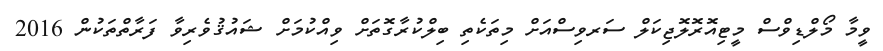
ވީމާ މޯލްޑިވްސް މީޓިއޮރޮލޮޖިކަލް ސަރވިސްއަށް މިތަކެތި ބިލްކުރާގޮތަށް ވިއްކުމަށް ޝައުޤުވެރިވާ ފަރާތްތަކުން 2016